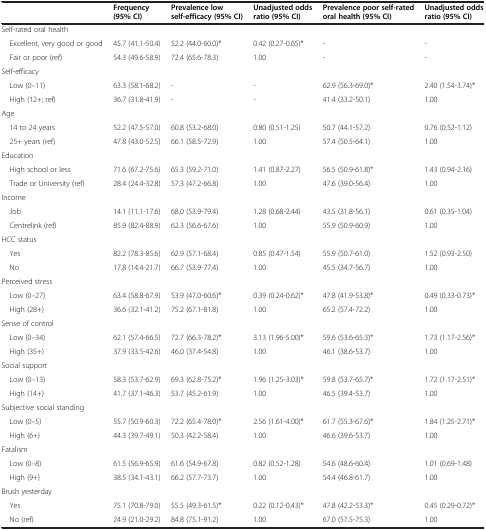
<table><thead><tr><td><b> </b></td><td><b>Frequency (95% CI)</b></td><td><b>Prevalence low self-efficacy (95% CI)</b></td><td><b>Unadjusted odds ratio (95% CI)</b></td><td><b>Prevalence poor self-rated oral health (95% CI)</b></td><td><b>Unadjusted odds ratio (95% CI)</b></td></tr></thead><tbody><tr><td>Self-rated oral health</td><td> </td><td> </td><td> </td><td> </td><td> </td></tr><tr><td> Excellent, very good or good</td><td>45.7 (41.1-50.4)</td><td>52.2 (44.0-60.0)*</td><td>0.42 (0.27-0.65)*</td><td>-</td><td>-</td></tr><tr><td> Fair or poor (ref)</td><td>54.3 (49.6-58.9)</td><td>72.4 (65.6-78.3)</td><td>1.00</td><td>-</td><td>-</td></tr><tr><td>Self-efficacy</td><td> </td><td> </td><td> </td><td> </td><td> </td></tr><tr><td> Low (0–11)</td><td>63.3 (58.1-68.2)</td><td>-</td><td>-</td><td>62.9 (56.3-69.0)*</td><td>2.40 (1.54-3.74)*</td></tr><tr><td> High (12+; ref)</td><td>36.7 (31.8-41.9)</td><td>-</td><td>-</td><td>41.4 (33.2-50.1)</td><td>1.00</td></tr><tr><td>Age</td><td> </td><td> </td><td> </td><td> </td><td> </td></tr><tr><td> 14 to 24 years</td><td>52.2 (47.5-57.0)</td><td>60.8 (53.2-68.0)</td><td>0.80 (0.51-1.25)</td><td>50.7 (44.1-57.2)</td><td>0.76 (0.52-1.12)</td></tr><tr><td> 25+ years (ref)</td><td>47.8 (43.0-52.5)</td><td>66.1 (58.5-72.9)</td><td>1.00</td><td>57.4 (50.5-64.1)</td><td>1.00</td></tr><tr><td>Education</td><td> </td><td> </td><td> </td><td> </td><td> </td></tr><tr><td> High school or less</td><td>71.6 (67.2-75.6)</td><td>65.3 (59.2-71.0)</td><td>1.41 (0.87-2.27)</td><td>56.5 (50.9-61.8)*</td><td>1.43 (0.94-2.16)</td></tr><tr><td> Trade or University (ref)</td><td>28.4 (24.4-32.8)</td><td>57.3 (47.2-66.8)</td><td>1.00</td><td>47.6 (39.0-56.4)</td><td>1.00</td></tr><tr><td>Income</td><td> </td><td> </td><td> </td><td> </td><td> </td></tr><tr><td> Job</td><td>14.1 (11.1-17.6)</td><td>68.0 (53.9-79.4)</td><td>1.28 (0.68-2.44)</td><td>43.5 (31.8-56.1)</td><td>0.61 (0.35-1.04)</td></tr><tr><td> Centrelink (ref)</td><td>85.9 (82.4-88.9)</td><td>62.3 (56.6-67.6)</td><td>1.00</td><td>55.9 (50.9-60.9)</td><td>1.00</td></tr><tr><td>HCC status</td><td> </td><td> </td><td> </td><td> </td><td> </td></tr><tr><td> Yes</td><td>82.2 (78.3-85.6)</td><td>62.9 (57.1-68.4)</td><td>0.85 (0.47-1.54)</td><td>55.9 (50.7-61.0)</td><td>1.52 (0.93-2.50)</td></tr><tr><td> No</td><td>17.8 (14.4-21.7)</td><td>66.7 (53.9-77.4)</td><td>1.00</td><td>45.5 (34.7-56.7)</td><td>1.00</td></tr><tr><td>Perceived stress</td><td> </td><td> </td><td> </td><td> </td><td> </td></tr><tr><td> Low (0–27)</td><td>63.4 (58.8-67.9)</td><td>53.9 (47.0-60.6)*</td><td>0.39 (0.24-0.62)*</td><td>47.8 (41.9-53.8)*</td><td>0.49 (0.33-0.73)*</td></tr><tr><td> High (28+)</td><td>36.6 (32.1-41.2)</td><td>75.2 (67.1-81.8)</td><td>1.00</td><td>65.2 (57.4-72.2)</td><td>1.00</td></tr><tr><td>Sense of control</td><td> </td><td> </td><td> </td><td> </td><td> </td></tr><tr><td> Low (0–34)</td><td>62.1 (57.4-66.5)</td><td>72.7 (66.3-78.2)*</td><td>3.13 (1.96-5.00)*</td><td>59.6 (53.6-65.3)*</td><td>1.73 (1.17-2.56)*</td></tr><tr><td> High (35+)</td><td>37.9 (33.5-42.6)</td><td>46.0 (37.4-54.8)</td><td>1.00</td><td>46.1 (38.6-53.7)</td><td>1.00</td></tr><tr><td>Social support</td><td> </td><td> </td><td> </td><td> </td><td> </td></tr><tr><td> Low (0–13)</td><td>58.3 (53.7-62.9)</td><td>69.3 (62.8-75.2)*</td><td>1.96 (1.25-3.03)*</td><td>59.8 (53.7-65.7)*</td><td>1.72 (1.17-2.51)*</td></tr><tr><td> High (14+)</td><td>41.7 (37.1-46.3)</td><td>53.7 (45.2-61.9)</td><td>1.00</td><td>46.5 (39.4-53.7)</td><td>1.00</td></tr><tr><td>Subjective social standing</td><td> </td><td> </td><td> </td><td> </td><td> </td></tr><tr><td> Low (0–5)</td><td>55.7 (50.9-60.3)</td><td>72.2 (65.4-78.0)*</td><td>2.56 (1.61-4.00)*</td><td>61.7 (55.3-67.6)*</td><td>1.84 (1.25-2.71)*</td></tr><tr><td> High (6+)</td><td>44.3 (39.7-49.1)</td><td>50.3 (42.2-58.4)</td><td>1.00</td><td>46.6 (39.6-53.7)</td><td>1.00</td></tr><tr><td>Fatalism</td><td> </td><td> </td><td> </td><td> </td><td> </td></tr><tr><td> Low (0–8)</td><td>61.5 (56.9-65.9)</td><td>61.6 (54.9-67.8)</td><td>0.82 (0.52-1.28)</td><td>54.6 (48.6-60.4)</td><td>1.01 (0.69-1.48)</td></tr><tr><td> High (9+)</td><td>38.5 (34.1-43.1)</td><td>66.2 (57.7-73.7)</td><td>1.00</td><td>54.4 (46.8-61.7)</td><td>1.00</td></tr><tr><td>Brush yesterday</td><td> </td><td> </td><td> </td><td> </td><td> </td></tr><tr><td> Yes</td><td>75.1 (70.8-79.0)</td><td>55.5 (49.3-61.5)*</td><td>0.22 (0.12-0.43)*</td><td>47.8 (42.2-53.3)*</td><td>0.45 (0.29-0.72)*</td></tr><tr><td> No (ref)</td><td>24.9 (21.0-29.2)</td><td>84.8 (75.1-91.2)</td><td>1.00</td><td>67.0 (57.5-75.3)</td><td>1.00</td></tr></tbody></table>